Medical and sanitary report of the native army of Bengal for the year
Year: 1878
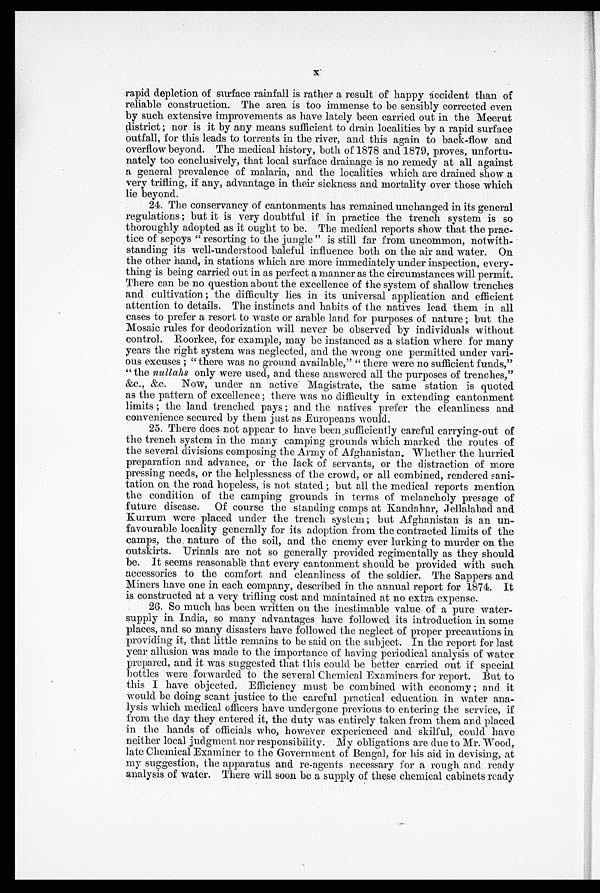
X
rapid depletion of surface rainfall is rather a result of happy accident than of
reliable construction. The area is too immense to be sensibly corrected even
by such extensive improvements as have lately been carried out in the Meerut
district; nor is it by any means sufficient to drain localities by a rapid surface
outfall, for this leads to torrents in the river, and this again to back-flow and
overflow beyond. The medical history, both of 1878 and 1879, proves, unfortu
-
nately too conclusively, that local surface drainage is no remedy at all against
a general prevalence of malaria, and the localities which are drained show a
very trifling, if any, advantage in their sickness and mortality over those which
lie beyond.
24. The conservancy of cantonments has remained unchanged in its general
regulations; but it is very doubtful if in practice the trench system is so
thoroughly adopted as it ought to be. The medical reports show that the prac
-
tice of sepoys "resorting to the jungle" is still far from uncommon, notwith
-
standing its well-understood baleful influence both on the air and water. On
the other hand, in stations which are more immediately under inspection, every
-
thing is being carried out in as perfect a manner as the circumstances will permit.
There can be no question about the excellence of the system of shallow trenches
and cultivation; the difficulty lies in its universal application and efficient
attention to details. The instincts and habits of the natives lead them in all
cases to prefer a resort to waste or arable land for purposes of nature; but the
Mosaic rules for deodorization will never be observed by individuals without
control. Roorkee, for example, may be instanced as a station where for many
years the right system was neglected, and the wrong one permitted under vari
-
ous excuses; "there was no ground available," "there were no sufficient funds,"
"the nullahs only were used, and these answered all the purposes of trenches,"
&c., &c. Now, under an active Magistrate, the same station is quoted
as the pattern of excellence; there was no difficulty in extending cantonment
limits; the land trenched pays; and the natives prefer the cleanliness and
convenience secured by them just as Europeans would.
25. There does not appear to have been sufficiently careful carrying-out of
the trench system in the many camping grounds which marked the routes of
the several divisions composing the Army of Afghanistan. Whether the hurried
preparation and advance, or the lack of servants, or the distraction of more
pressing needs, or the helplessness of the crowd, or all combined, rendered sani
-
tation on the road hopeless, is not stated; but all the medical reports mention
the condition of the camping grounds in terms of melancholy presage of
future disease. Of course the standing camps at Kandahar, Jellalabad and
Kurrum were placed under the trench system; but Afghanistan is an un
-
favourable locality generally for its adoption from the contracted limits of the
camps, the nature of the soil, and the enemy ever lurking to murder on the
outskirts. Urinals are not so generally provided regimentally as they should
be. It seems reasonable that every cantonment should be provided with such
accessories to the comfort and cleanliness of the soldier. The Sappers and
Miners have one in each company, described in the annual report for 1874. It
is constructed at a very trifling cost and maintained at no extra expense.
26. So much has been written on the inestimable value of a pure water
-
supply in India, so many advantages have followed its introduction in some
places, and so many disasters have followed the neglect of proper precautions in
providing it, that little remains to be said on the subject. In the report for last
year allusion was made to the importance of having periodical analysis of water
prepared, and it was suggested that this could be better carried out if special
bottles were forwarded to the several Chemical Examiners for report. But to
this I have objected. Efficiency must be combined with economy; and it
would be doing scant justice to the careful practical education in water ana
-
l y s i s w h i c h m e d i c a l o f f i c e r s h a v e u n d e r g o n e p r e v i o u s t o e n t e r i n g t h e s e r v i c e , i f
from the day they entered it, the duty was entirely taken from them and placed
in the hands of officials who, however experienced and skilful, could have
neither local judgment nor responsibility. My obligations are due to Mr. Wood,
late Chemical Examiner to the Government of Bengal, for his aid in devising, at
my suggestion, the apparatus and re-agents necessary for a rough and ready
analysis of water. There will soon be a supply of these chemical cabinets ready